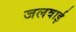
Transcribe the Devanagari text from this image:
जलवाई